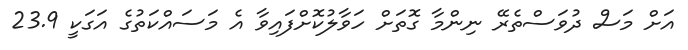
އަށް މަސް ދުވަސްތެރޭ ނިންމާ ގޮތަށް ހަވާލުކޮށްފައިވާ އެ މަސައްކަތުގެ އަގަކީ 23.9